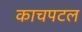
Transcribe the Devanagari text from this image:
काचपटल